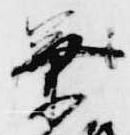
業